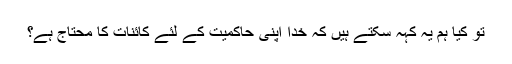
تو کیا ہم یہ کہہ سکتے ہیں کہ خدا اپنی حاکمیت کے لئے کائنات کا محتاج ہے؟